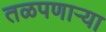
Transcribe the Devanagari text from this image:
तळपणाऱ्या